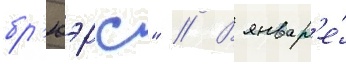
бр'юэрс" // В январ'е́